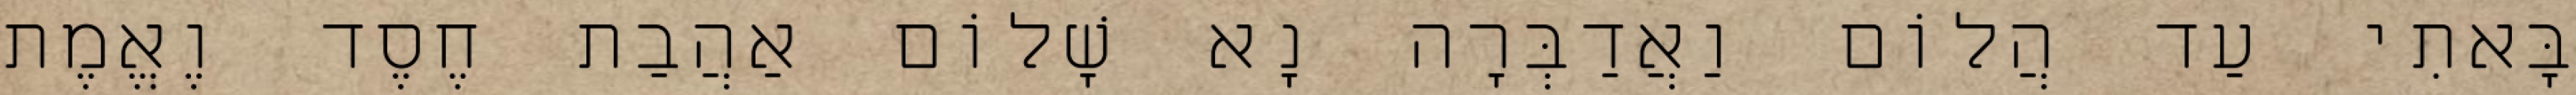
בָּאתִי עַד הֲלוֹם וַאֲדַבְּרָה נָא שָׁלוֹם אַהֲבַת חֶסֶד וֶאֱמֶת